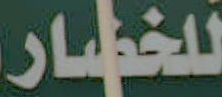
للخضار